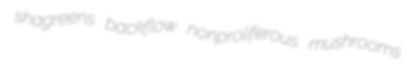
shagreens backflow nonproliferous mushrooms